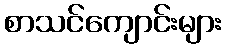
စာသင်ကျောင်းများ